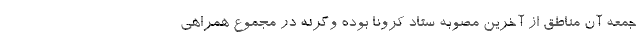
جمعه آن مناطق از آخرین مصوبه ستاد کرونا بوده وگرنه در مجموع همراهی